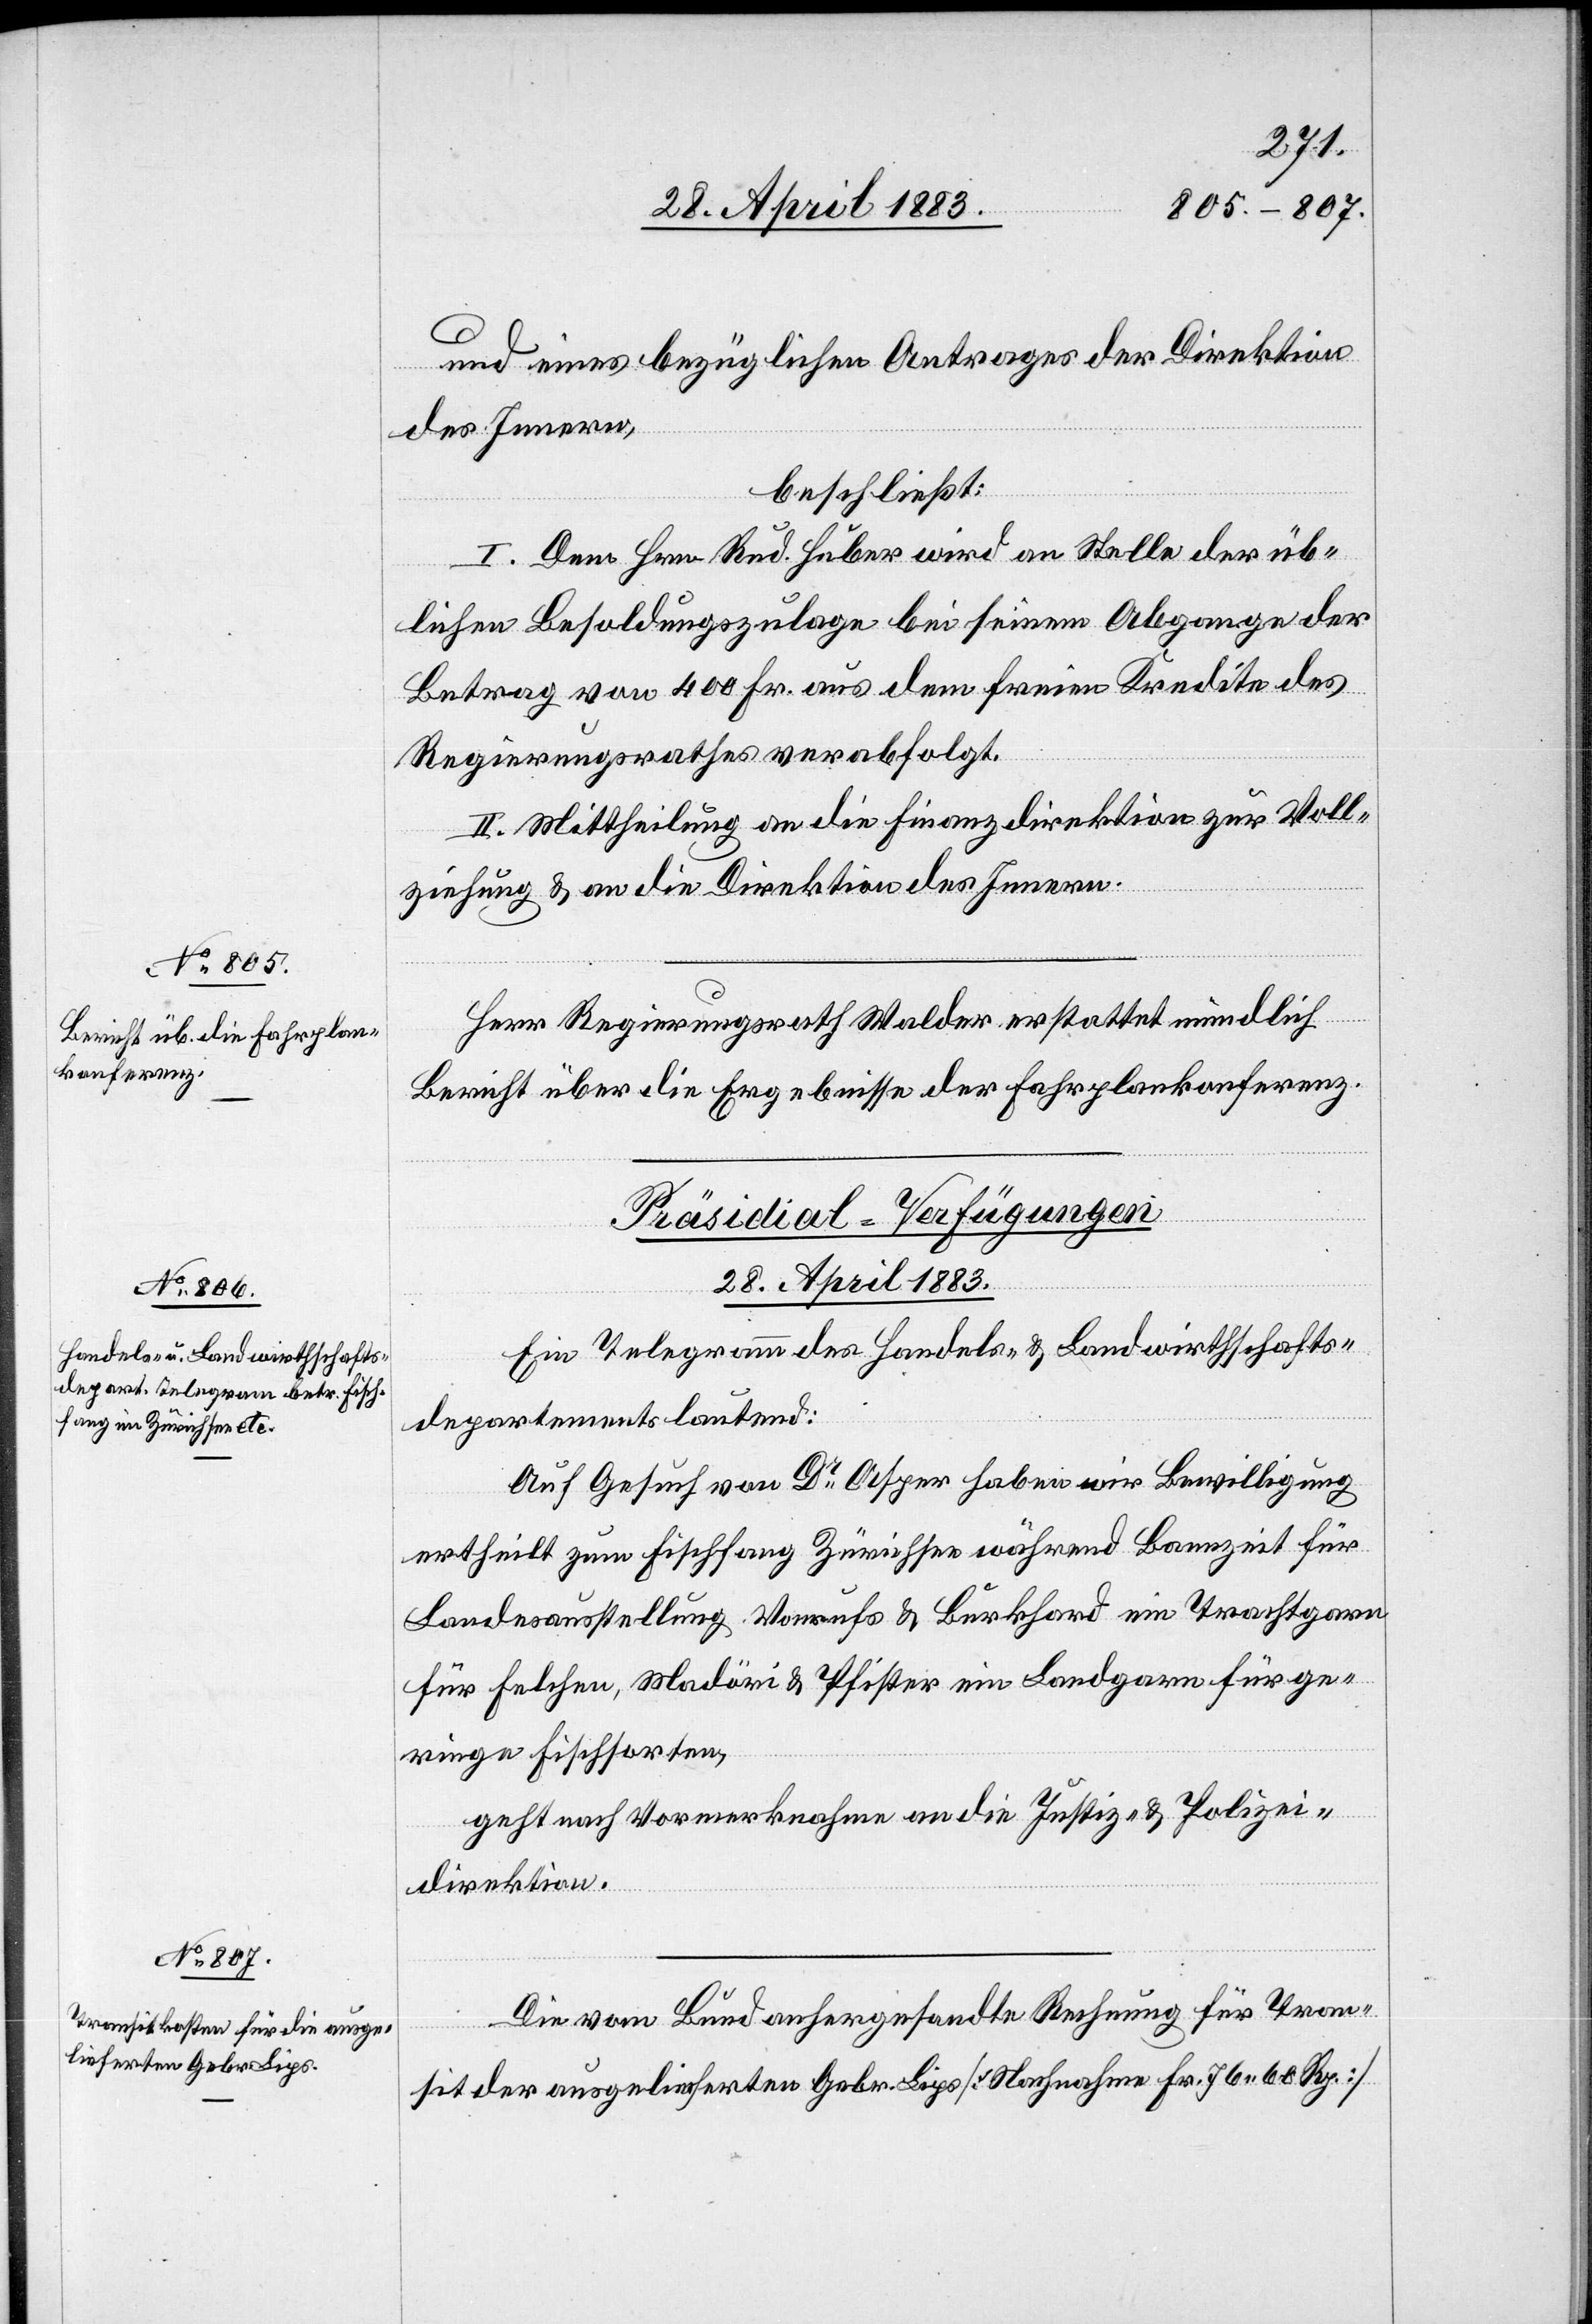
und eines bezüglichen Antrages der Direktion
des Innern,
beschließt:
I. Dem Hrn. Rud. Huber wird an Stelle der üb¬
lichen Besoldungszulage bei seinem Abgange der
Betrag von 400 Fr. aus dem freien Kredite des
Regierungsrathes verabfolgt.
II. Mittheilung an die Finanzdirektion zur Voll¬
ziehung & an die Direktion des Innern.
Herr Regierungsrath Walder erstattet mündlich
Bericht über die Ergebnisse der Fahrplankonferenz.
[Präsidial-Verfügungen
28. April 1883.]
Ein Telegramm des Handels- & Landwirthschafts¬
departements lautend:
Auf Gesuch von Dr Asper haben wir Bewilligung
ertheilt zum Fischfang Zürichsee während Bannzeit für
Landesausstellung. Vonrufs & Burkhard ein Trachtgarn
für Felchen, Madöri & Pfister ein Landgarn für ge¬
ringe Fischsorten,
geht nach Vormerknahme an die Justiz- & Polizei¬
direktion.
Die vom Bund anhergesandte Rechnung für Tran¬
sit der ausgelieferten Gebr. Lips [Nachnahme Fr. 76 60 Rp]